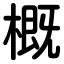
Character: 概